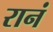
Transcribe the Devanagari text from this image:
रानं